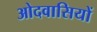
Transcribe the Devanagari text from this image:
ओदवासियों